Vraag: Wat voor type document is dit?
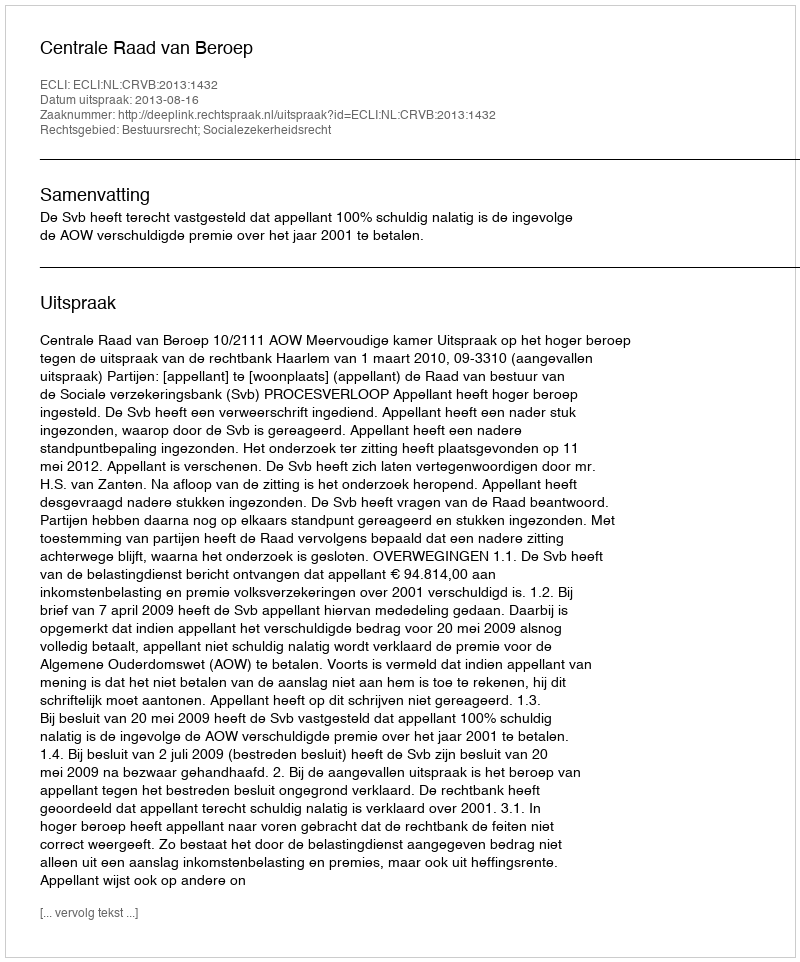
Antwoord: Uitspraak